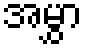
အမွှာ